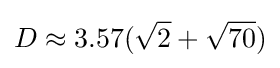
D\approx 3.57({\sqrt {2}}+{\sqrt {70}})